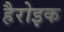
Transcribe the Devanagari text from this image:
हैरोइक